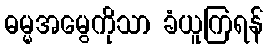
ဓမ္မအမွေကိုသာ ခံယူကြရန်